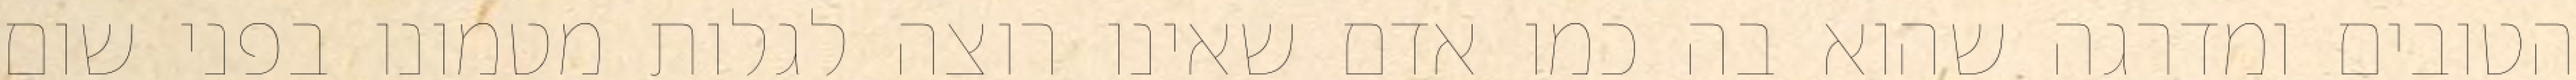
הטובים ומדרגה שהוא בה כמו אדם שאינו רוצה לגלות מטמונו בפני שום